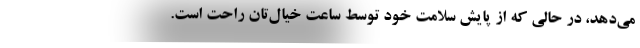
می‌دهد، در حالی که از پایش سلامت خود توسط ساعت خیال‌تان راحت است.